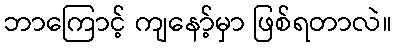
ဘာကြောင့် ကျနော့်မှာ ဖြစ်ရတာလဲ။